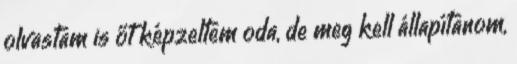
olvastam is őt képzeltem oda, de meg kell állapítanom,